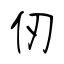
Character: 仞